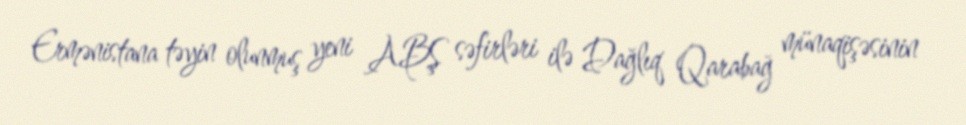
Ermənistana təyin olunmuş yeni ABŞ səfirləri ilə Dağlıq Qarabağ münaqişəsinin